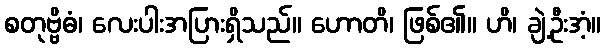
စတုဗ္ဗိဓံ၊ လေးပါးအပြားရှိသည်။ ဟောတိ၊ ဖြစ်၏။ ဟိ၊ ချဲ့ဦးအံ့။